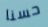
حسنا